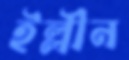
ইল্লীন